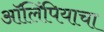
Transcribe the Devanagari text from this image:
ऑलिंपियाचा